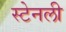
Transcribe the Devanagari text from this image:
स्‍टेनली